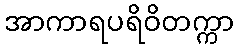
အာကာရပရိဝိတက္ကာ